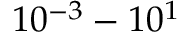
1 0 ^ { - 3 } - 1 0 ^ { 1 }